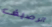
الرصيف